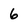
Character: 6